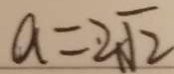
a = 2 \sqrt { 2 }